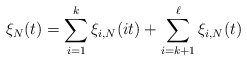
\begin{align*}\xi_{N}(t)=\sum_{i=1}^{k}\xi_{i,N}(it)+\sum_{i=k+1}^{\ell}\xi_{i,N}(t)\end{align*}